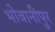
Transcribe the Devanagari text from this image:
भोवानीपुर